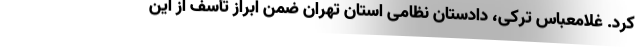
کرد. غلامعباس ترکی، دادستان نظامی استان تهران ضمن ابراز تأسف از این